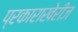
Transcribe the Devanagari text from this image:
प्रकाराखेरीज